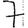
Digit: 7